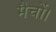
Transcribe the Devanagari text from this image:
मैचों।